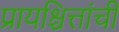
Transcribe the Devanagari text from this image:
प्रायश्चित्तांची